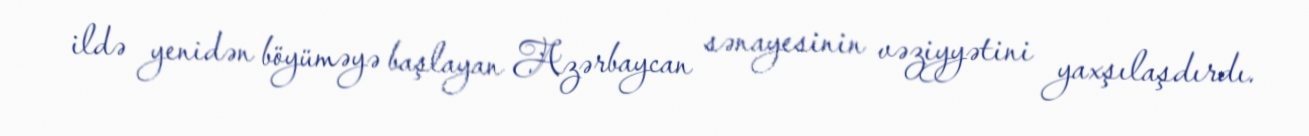
ildə yenidən böyüməyə başlayan Azərbaycan sənayesinin vəziyyətini yaxşılaşdırdı.